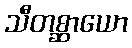
သီတစ္ဆာယော